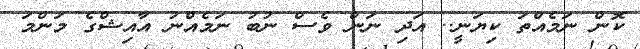
ކޮން ނަމެއްތަ ކިޔަނީ.. އަދި ނަން ވެސް ނުބު ނަމެއްނު އާއިޝްގެ މަންމަ